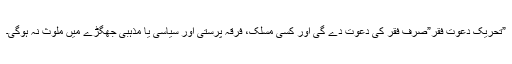
”تحریک دعوتِ فقر”صرف فقر کی دعوت دے گی اور کسی مسلک، فرقہ پرستی اور سیاسی یا مذہبی جھگڑے میں ملوث نہ ہوگی۔